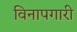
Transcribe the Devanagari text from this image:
विनापगारी